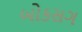
બોકસગ